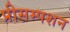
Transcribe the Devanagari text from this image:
प्रीसम्पशन